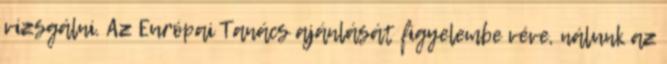
vizsgálni. Az Európai Tanács ajánlását figyelembe véve, nálunk az